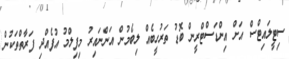
ސިޓީލައިޓްސް އަށް އިންޑަސްޓްރީން ބޮޑު ތަރުހީބެއް ލިބެމުން އަންނައިރު މިފިލްމު އުފެއްދި ފަރާތްތަކުން